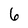
Character: 6